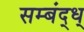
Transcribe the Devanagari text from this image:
सम्बंद्ध्